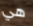
هي